Materia medica of Madras volume I
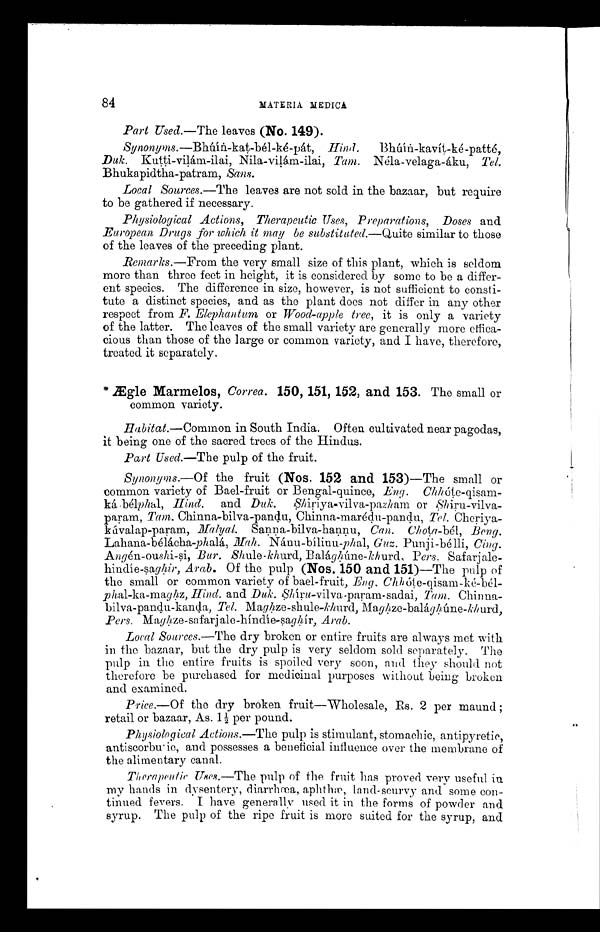
84
MATERIA MEDICA
Part Used.—The leaves (No. 149).
Synonyms.—Bhúín-kat-bél-ké-pát, Hind. Bhúín-kavít-ké
-patté,
Duk. Kutti-vilám-ilai. Nila-vilám-ilai,
Tam. Néla-velaga-áku, Tel.
Bhukapidtha-patram, Sans.
Local Sources.— The leaves are not sold in the bazaar, but require
to be gathered if necessary.
Physiological Actions, Therapeutic Uses, Preparations, Doses and
European Drugs for which it may be substituted.— Quite similar to those
of the leaves of the preceding plant.
Remarks .—From the very small size of this plant, which is seldom
more than three feet in height, it is considered by some to be a differ
-ent species. The difference in size, however, is not sufficient to consti-
tute a distinct species, and as the plant does not differ in any other
respect from F. Elephantum or Wood-apple tree, it is only a variety
of the latter. The leaves of the small variety are generally more effica-
cious than those of the large or common variety, and I have, therefore,
treated it separately.
* Ægle Marmelos, Correa. 150, 151, 152, and 153. The small or
common variety.
Habitat .—Common in South India. Often cultivated near pagodas,
it being one of the sacred trees of the Hindus.
Part Used.—The pulp of the fruit.
Synonyms.— Of the fruit (Nos. 152 and 153)—The small or
common variety of Bael-fruit or Bengal-quince, Eng.
C h h ó t e - q i s a m - k á - b é l
p h
a l ,
H i n d .
a n d
D u k . S h i r i y a - v i l v a - p a z h a mo
r
S h i r u - v i l v a - p a r a m ,
T a m .
C h i n n a - b i l v a - p a n d u , C h i n n a - m a r é d u - p a n d u ,T
e l .
Cheriya-kúvalap-param, Malyal. Sanna-bilva-hannu, Can. Chota-bél, Beng.
Lahana-bélácha-phalá,M a h
N á n u - b í l í n u -
p h
a l ,
G u z .
P u n j i - b é l l i
, C i n g .
A ngén-oushi-si, Bur. Shule-khurd, Balághúne-khurd, Pers.
Safarjale-hindíe-saghir , Arab. Of the pulp (Nos. 150 and 151 )—The pulp of
the small or common variety of bael-fruit, En g.
C h h ó t e - q i s a m - k é - b é l -
p h a l
- k a - m a g
h z
, H i n d .
a n d D u k . S h í r u - v i l v a - p a r a m - s a d a i ,T
a m .
Chinna-bilva-pandu-kanda, Tel. Maghze-shu1e-khurd, Maghze-balághúne-khurd,
Pers. Maghze-safarjale-híndíe-saghír, Arab.
Local Sources.—The dry broken or entire fruits are always met with
in the bazaar, but the dry pulp is very seldom sold separately. The
pulp in the entire fruits is spoiled very soon, and they should not
therefore be purchased for medicinal purposes without being broken
and examined.
Price.— Of the dry broken fruit—Wholesale, Rs. 2 per maund
; retail or bazaar, As. 1½ per pound.
Physiological Actions.— The pulp is stimulant, stomachic, antipyretic,
antiscorburic, and possesses a beneficial influence over the membrane of
the alimentary canal.
Therapeutic Uses .—The pulp of the fruit has proved very useful in
my hands in dysentery, diarrhœa, aphthæ, land-scurvy and some con--
tinued fevers. I have generally used it in the forms of powder and
syrup. The pulp of the ripe fruit is more suited for the syrup, and